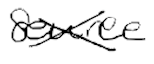
Text: source
Cross-out: cross
Writing tool: digital_black